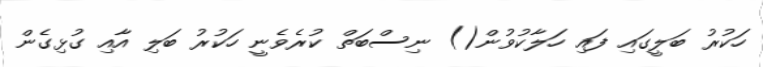
ހަކުރު ބަލީގައި ފައި ހަލާކުވުން() ނިސްބަތް ކުރެވެނީ ހަކުރު ބަލި އާއި ގުޅިގެން